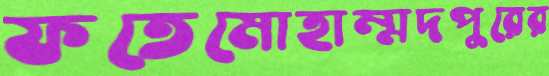
ফতেমোহাম্মদপুরের